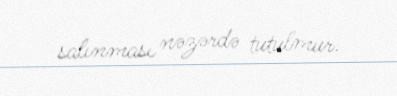
salınması nəzərdə tutulmur.